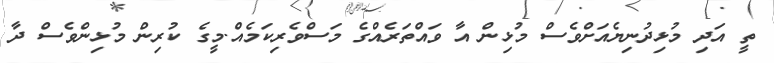
ތީ އަދި މުޅިދުނިޔެެއަށްވެސް މުޅިން އާ ވައްތަރެއްގެ މަސްވެރިކަމެއް.މީގެ ކުރިން މުޅިންވެސް ދާ